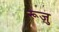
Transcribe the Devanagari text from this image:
रूज़ु